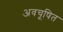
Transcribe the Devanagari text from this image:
अवचूषित